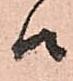
候